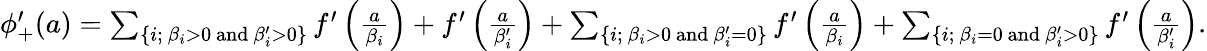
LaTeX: \begin{array}{r}{\phi_{+}^{\prime}(a)=\sum_{\{ i;~\beta_{i}>0~\textrm{and}~\beta_{i}^{\prime}>0\} }f^{\prime}\left(\frac{a}{\beta_{i}}\right)+f^{\prime}\left(\frac{a}{\beta_{i}^{\prime}}\right)+\sum_{\{ i;~\beta_{i}>0~\textrm{and}~\beta_{i}^{\prime}=0\} }f^{\prime}\left(\frac{a}{\beta_{i}}\right)+\sum_{\{ i;~\beta_{i}=0~\textrm{and}~\beta_{i}^{\prime}>0\} }f^{\prime}\left(\frac{a}{\beta_{i}^{\prime}}\right).}\end{array}